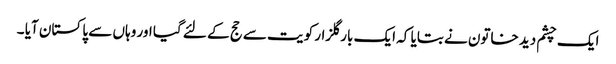
ایک چشم دید خاتون نے بتایا کہ ایک بار گلزار کویت سے حج کے لئے گیا اور وہاں سے پا کستان آیا ۔